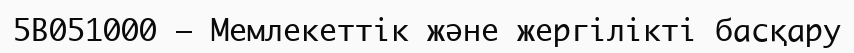
5В051000 – Мемлекеттік және жергілікті басқару